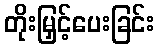
တိုးမြှင့်ပေးခြင်း